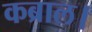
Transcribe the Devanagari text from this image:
कब्राल।